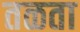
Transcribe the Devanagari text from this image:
तळता